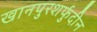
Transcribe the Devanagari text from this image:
खानपुरशर्फुदीन